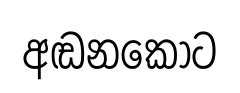
අඬනකොට